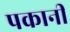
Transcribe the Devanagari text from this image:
पकानी